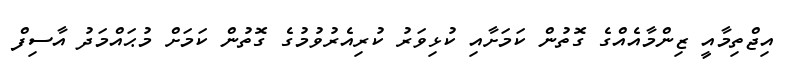
އިޖްތިމާއީ ޒިންމާއެއްގެ ގޮތުން ކަމަށާއި ކުޅިވަރު ކުރިއެރުވުމުގެ ގޮތުން ކަމަށް މުޙައްމަދު އާސިފް